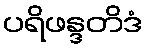
ပရိဖန္ဒတိဒံ